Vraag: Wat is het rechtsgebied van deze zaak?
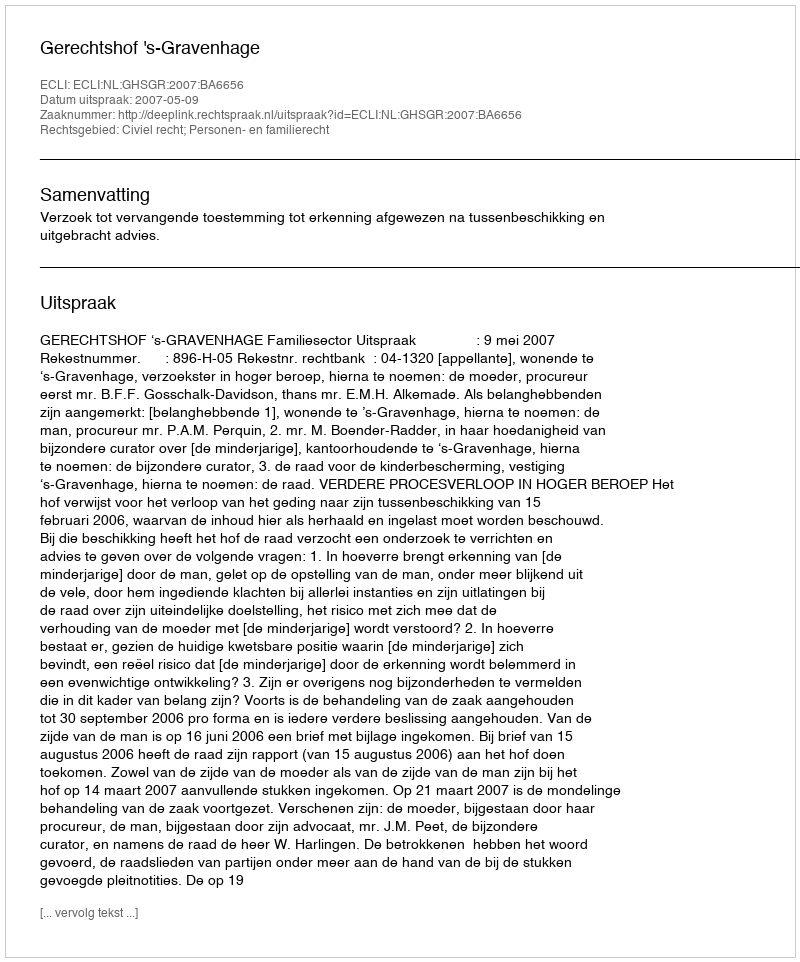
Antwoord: Civiel recht; Personen- en familierecht